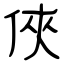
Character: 俠